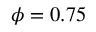
\phi = 0 . 7 5